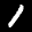
Label: 1